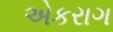
એકરાગ